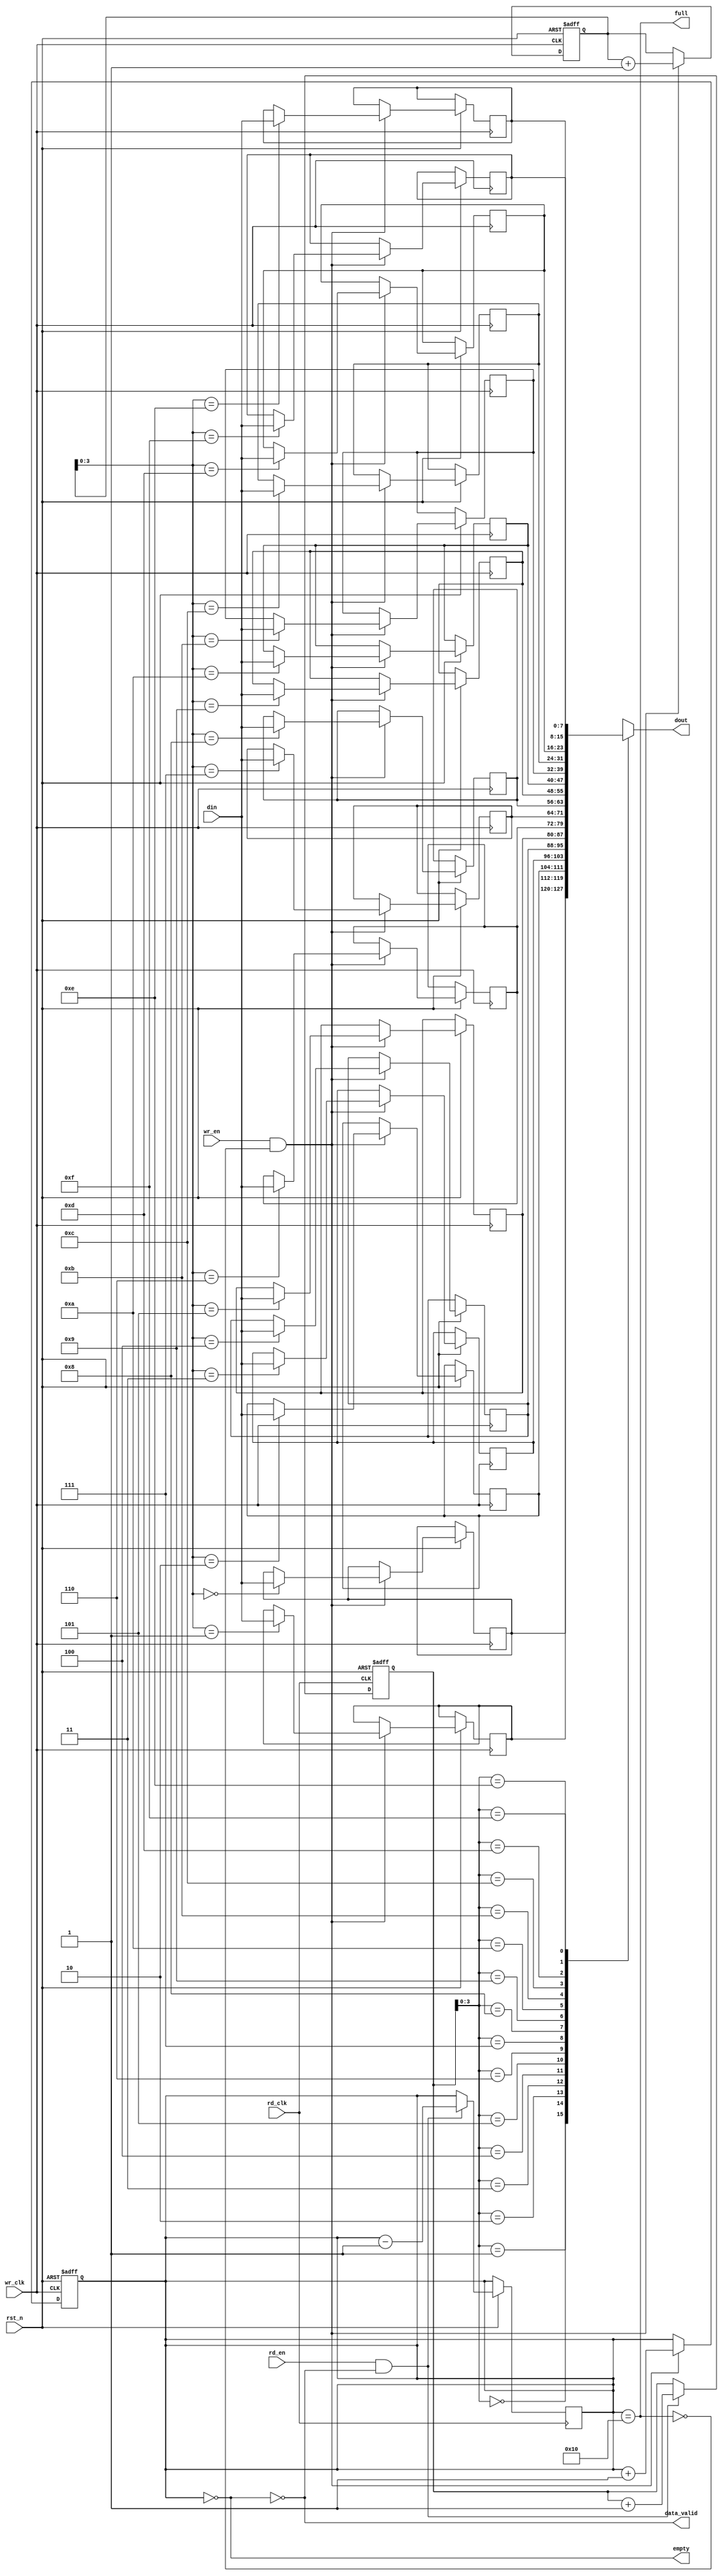
module async_fifo #(
    parameter DATA_WIDTH = 8, // Width of data
    parameter FIFO_DEPTH = 16  // Number of entries (must be a power of 2)
)(
    input wire wr_clk,          // Write clock
    input wire rd_clk,          // Read clock
    input wire rst_n,          // Asynchronous reset (active low)
    input wire wr_en,          // Write enable
    input wire rd_en,          // Read enable
    input wire [DATA_WIDTH-1:0] din, // Data input
    output wire [DATA_WIDTH-1:0] dout, // Data output
    output wire full,          // FIFO full flag
    output wire empty,         // FIFO empty flag
    output wire data_valid     // Data valid signal
);

    // Internal signals
    reg [DATA_WIDTH-1:0] fifo_mem [0:FIFO_DEPTH-1]; // FIFO memory storage
    reg [clog2(FIFO_DEPTH)-1:0] wr_ptr, rd_ptr;    // Write and read pointers
    reg [clog2(FIFO_DEPTH):0] fifo_count;           // FIFO entry count

    // Pointer and count initialization on reset
    always @(posedge wr_clk or negedge rst_n) begin
        if (!rst_n) begin
            wr_ptr <= 0;
            fifo_count <= 0;
        end else if (wr_en && !full) begin
            fifo_mem[wr_ptr] <= din; // Write data to FIFO
            wr_ptr <= wr_ptr + 1;
            fifo_count <= fifo_count + 1;
        end
    end

    always @(posedge rd_clk or negedge rst_n) begin
        if (!rst_n) begin
            rd_ptr <= 0;
        end else if (rd_en && !empty) begin
            rd_ptr <= rd_ptr + 1; // Read from FIFO
            fifo_count <= fifo_count - 1;
        end
    end

    // Read data from FIFO
    assign dout = fifo_mem[rd_ptr];

    // Full and empty flags
    assign full = (fifo_count == FIFO_DEPTH);
    assign empty = (fifo_count == 0);
    assign data_valid = !empty;

    // Function to calculate log2
    function integer clog2(input integer value);
        begin
            clog2 = 0;
            while (2**clog2 <= value) begin
                clog2 = clog2 + 1;
            end
        end
    endfunction

endmodule